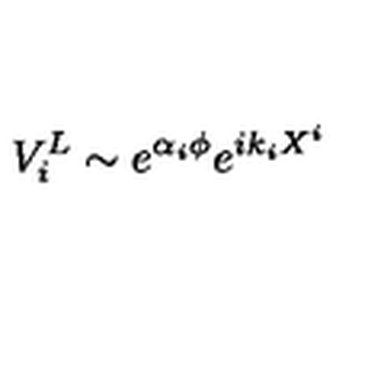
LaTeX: V _ { i } ^ { L } \sim e ^ { \alpha _ { i } \phi } e ^ { i k _ { i } X ^ { i } }